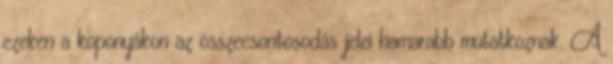
ezeken a koponyákon az összecsontosodás jelei hamarabb mutatkoznak. A